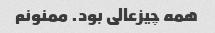
همه چیز‌عالی‌ بود. ممنونم